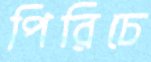
পিরিচে